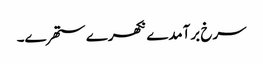
سرخ برآمدے نکھرے ستھرے۔